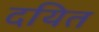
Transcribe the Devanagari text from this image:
दयित